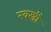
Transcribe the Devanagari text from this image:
स्वस्त्रीं